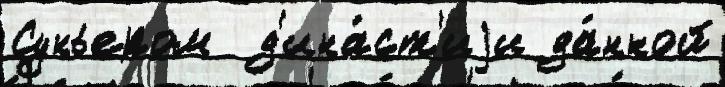
Суньером  д'ина́ст'иjи да́нной